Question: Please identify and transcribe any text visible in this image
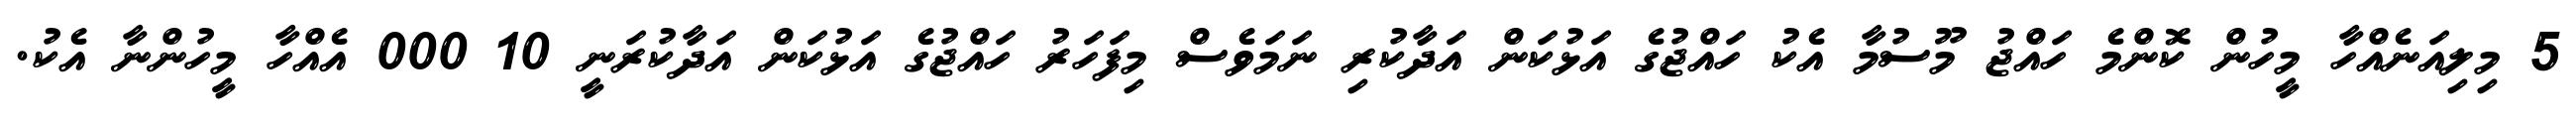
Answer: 5 މިލިއަނެއްހާ މީހުން ކޮންމެ ހައްޖު މޫސުމާ އެކު ހައްޖުގެ އަޅުކަން އަދާކުރި ނަމަވެސް މިފަހަރު ހައްޖުގެ އަޅުކަން އަދާކުރަނީ 10 000 އެއްހާ މީހުންނާ އެކު.